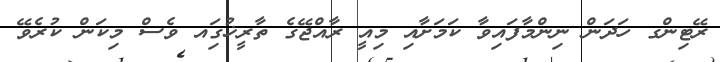
ރޭޓިންގ ހަދަން ނިންމާފައިވާ ކަމަށާއި މިއީ ރާއްޖޭގެ ތާރީޚުގަިއ ވެސް މިކަން ކުރެވޭ